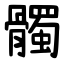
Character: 髑